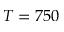
T = 7 5 0